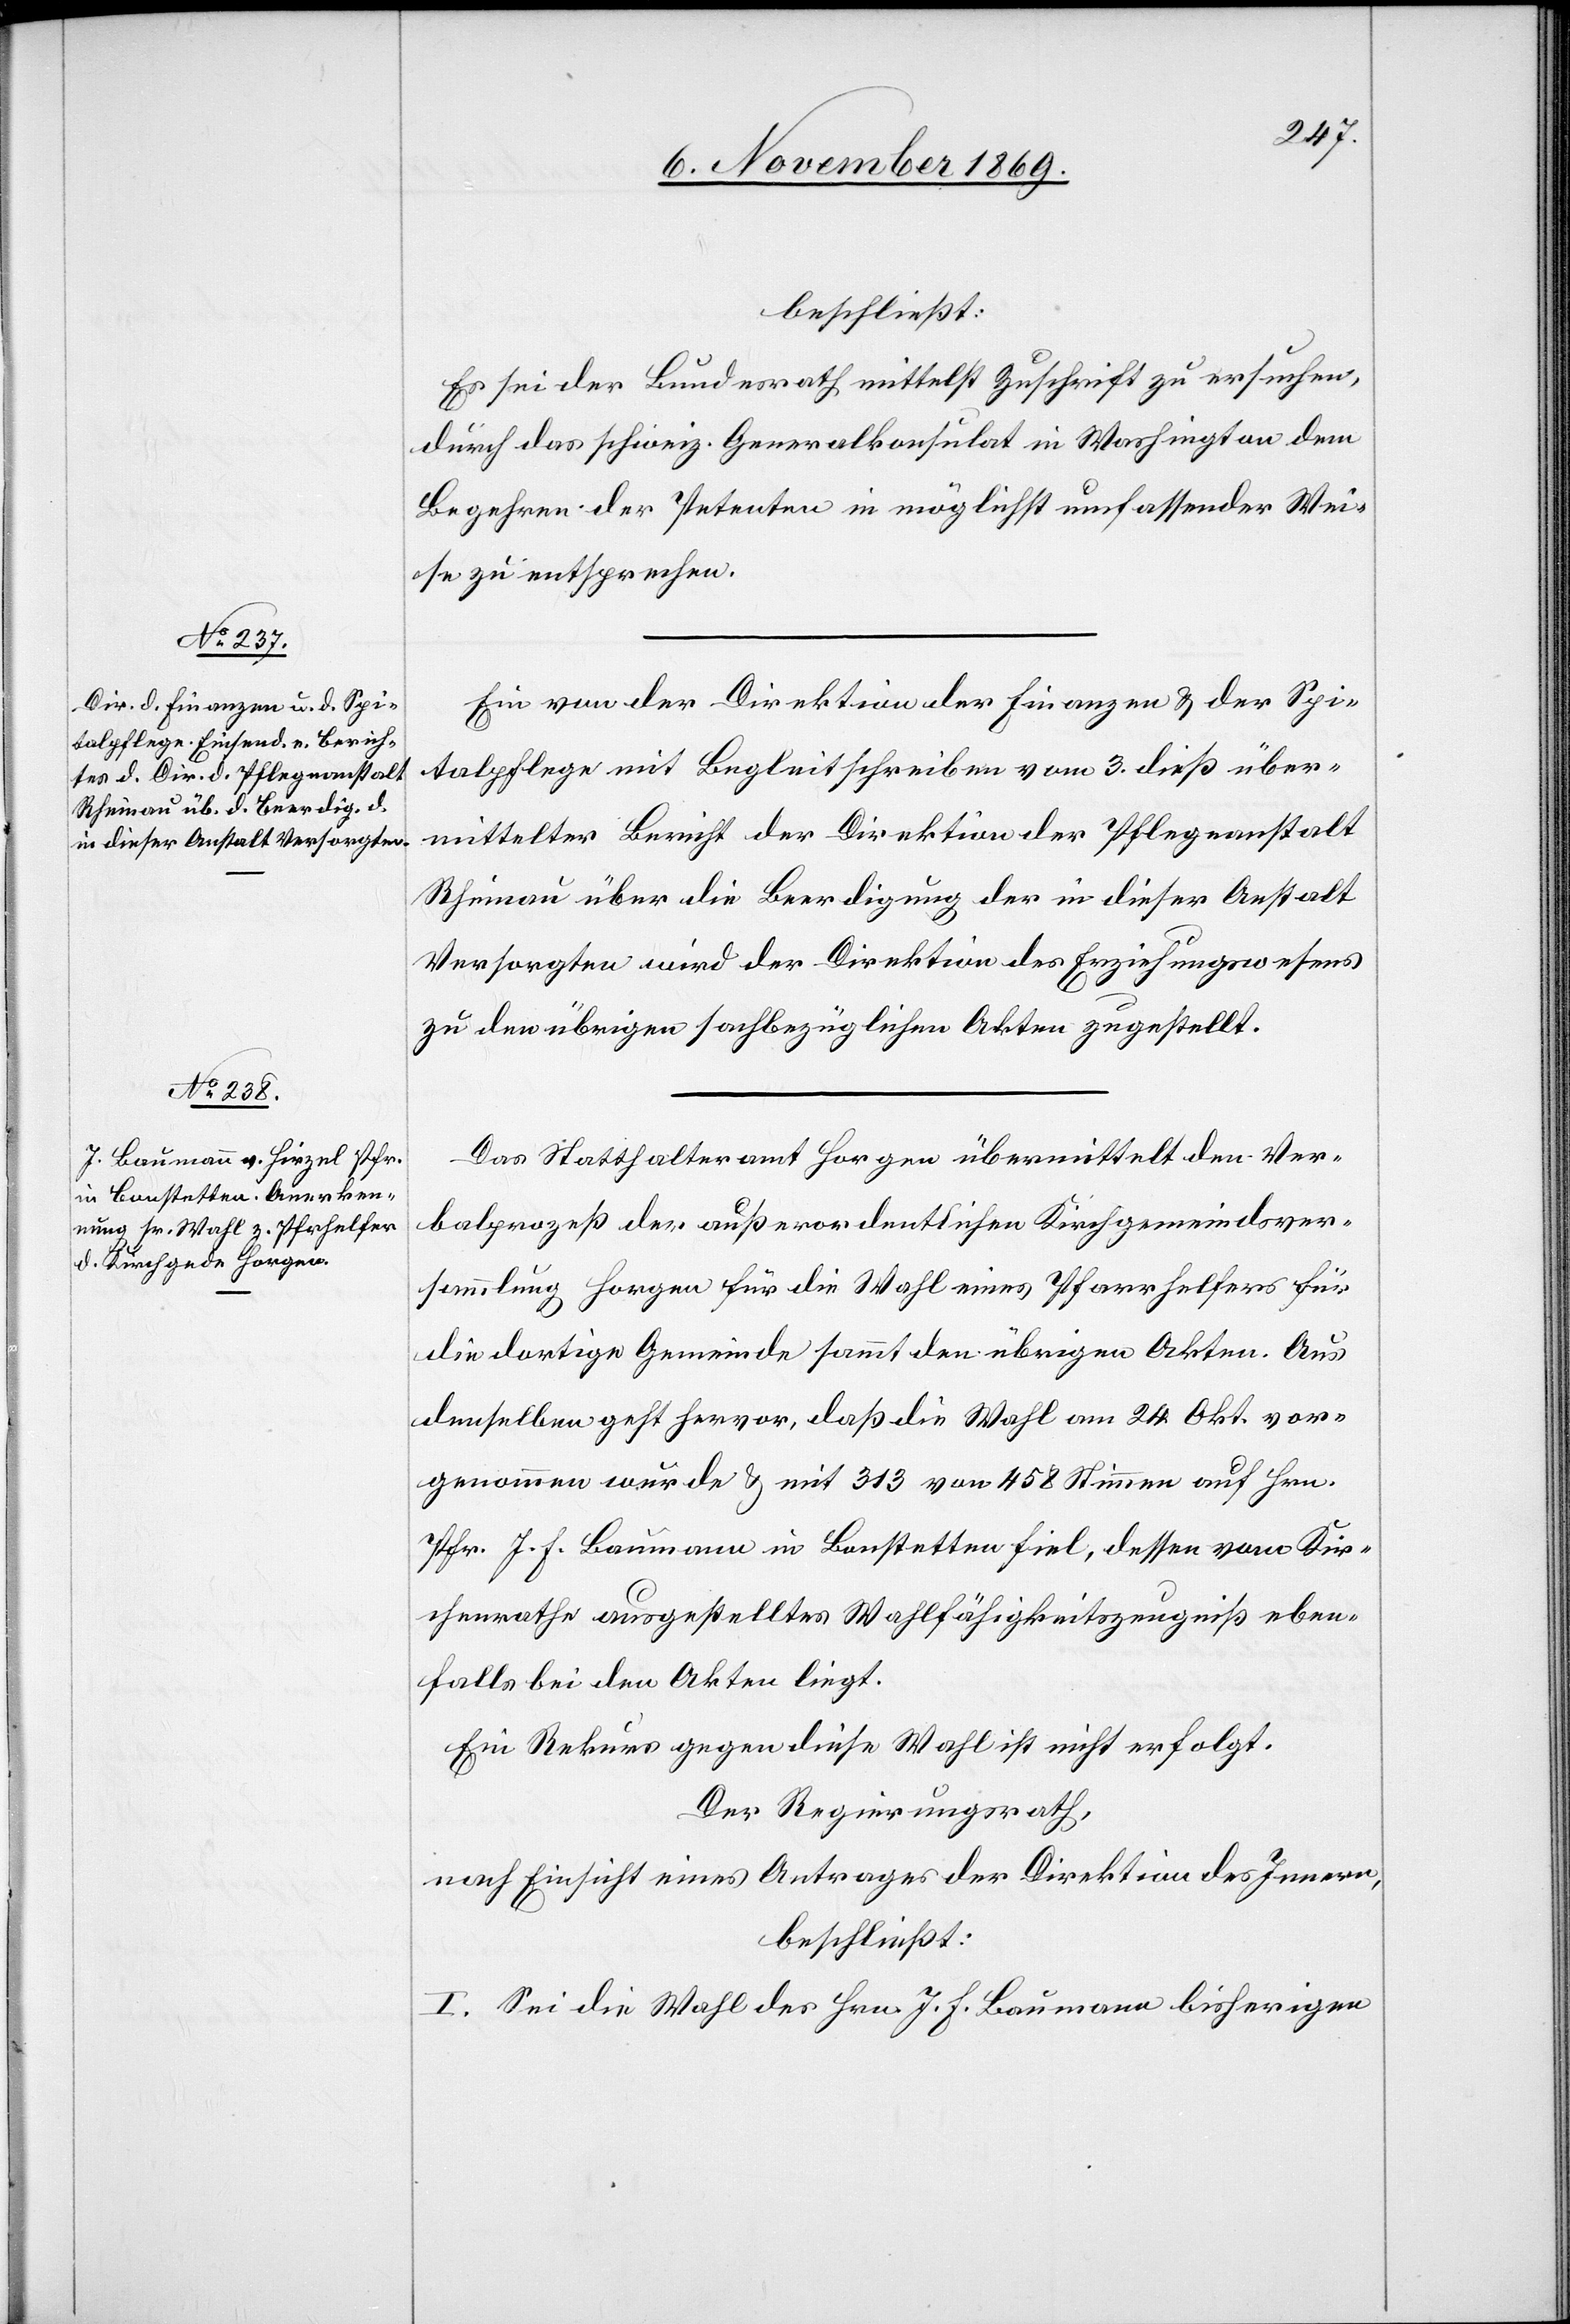
beschließt:
Es sei der Bundesrath mittelst Zuschrift zu ersuchen,
durch das schweiz. Generalkonsulat in Washington dem
Begehren der Petenten in möglichst umfassender Wei¬
se zu entsprechen.
Ein von der Direktion der Finanzen & der Spi¬
talpflege mit Begleitschreiben vom 3. dieß über¬
mittelter Bericht der Direktion der Pflegeanstalt
Rheinau über die Beerdigung der in dieser Anstalt
Versorgten wird der Direktion des Erziehungswesens
zu den übrigen sachbezüglichen Akten zugestellt.
Das Statthalteramt Horgen übermittelt den Ver¬
balprozeß der außerordentlichen Kirchgemeindsver¬
sammlung Horgen für die Wahl eines Pfarrhelfers für
die dortige Gemeinde sammt den übrigen Akten. Aus
denselben geht hervor, daß die Wahl am 24. Okt. vor¬
genommen wurde & mit 313 von 458 Stimmen auf Hrn.
Pfr. J. F. Baumann in Bonstetten fiel, dessen vom Kir¬
chenrathe ausgestelltes Wahlfähigkeitszeugniß eben¬
falls bei den Akten liegt.
Ein Rekurs gegen diese Wahl ist nicht erfolgt.
Der Regierungsrath,
nach Einsicht eines Antrages der Direktion des Innern,
beschließt:
I. Sei die Wahl des Hrn. J. F. Baumann bisherigen